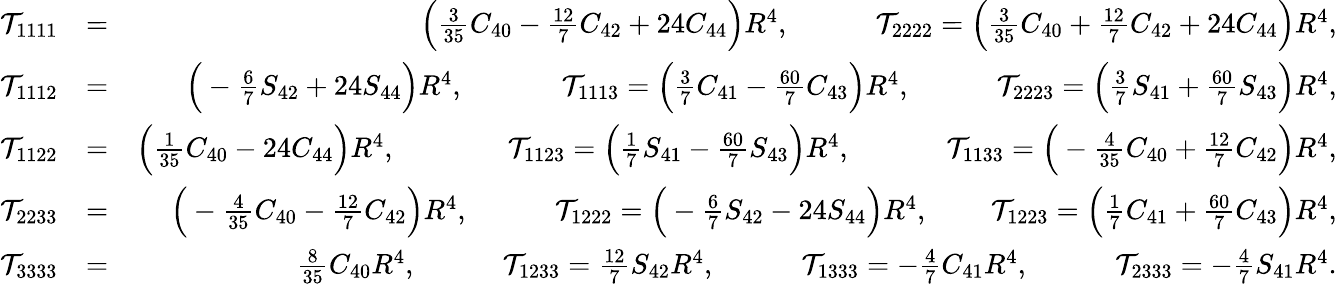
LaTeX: \begin{array}{rlr}{{\cal T}_{1111}}&{=}&{\Big({\textstyle\frac{3}{35}}C_{40}-{\textstyle\frac{12}{7}}C_{42}+24C_{44}\Big)R^{4},\qquad\quad{\cal T}_{2222}=\Big({\textstyle\frac{3}{35}}C_{40}+{\textstyle\frac{12}{7}}C_{42}+24C_{44}\Big)R^{4},}\\ {{\cal T}_{1112}}&{=}&{\Big(-{\textstyle\frac{6}{7}}S_{42}+24S_{44}\Big)R^{4},\qquad\quad~\, {\cal T}_{1113}=\Big({\textstyle\frac{3}{7}}C_{41}-{\textstyle\frac{60}{7}}C_{43}\Big)R^{4},\qquad\quad{\cal T}_{2223}=\Big({\textstyle\frac{3}{7}}S_{41}+{\textstyle\frac{60}{7}}S_{43}\Big)R^{4},}\\ {{\cal T}_{1122}}&{=}&{\Big({\textstyle\frac{1}{35}}C_{40}-24C_{44}\Big)R^{4},\qquad\quad~~~\, {\cal T}_{1123}=\Big({\textstyle\frac{1}{7}}S_{41}-{\textstyle\frac{60}{7}}S_{43}\Big)R^{4},\qquad\quad\, \, {\cal T}_{1133}=\Big(-{\textstyle\frac{4}{35}}C_{40}+{\textstyle\frac{12}{7}}C_{42}\Big)R^{4},}\\ {{\cal T}_{2233}}&{=}&{\Big(-{\textstyle\frac{4}{35}}C_{40}-{\textstyle\frac{12}{7}}C_{42}\Big)R^{4},\qquad\quad{\cal T}_{1222}=\Big(-{\textstyle\frac{6}{7}}S_{42}-24S_{44}\Big)R^{4},\qquad\, {\cal T}_{1223}=\Big({\textstyle\frac{1}{7}}C_{41}+{\textstyle\frac{60}{7}}C_{43}\Big)R^{4},}\\ {{\cal T}_{3333}}&{=}&{{\textstyle\frac{8}{35}}C_{40}R^{4},\qquad\quad{\cal T}_{1233}={\textstyle\frac{12}{7}}S_{42}R^{4},\qquad\quad{\cal T}_{1333}=-{\textstyle\frac{4}{7}}C_{41}R^{4},\qquad\quad{\cal T}_{2333}=-{\textstyle\frac{4}{7}}S_{41}R^{4}.}\end{array}